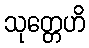
သုတ္တေဟိ